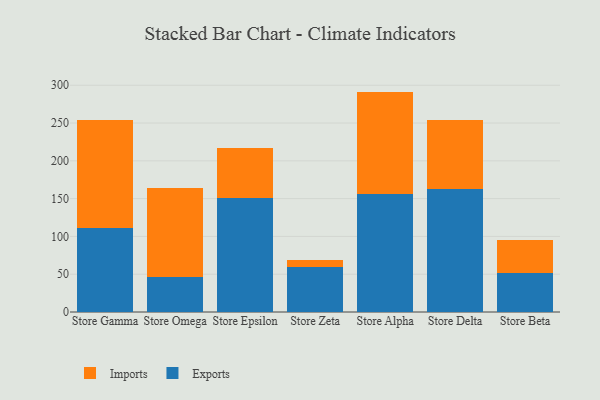
{"axis": {"x": "Store", "y": "Demand Index"}, "legend": ["Exports", "Imports"], "data": [{"x": "Store Gamma", "y": 111.5, "type": "Exports"}, {"x": "Store Gamma", "y": 142.9, "type": "Imports"}, {"x": "Store Omega", "y": 46.6, "type": "Exports"}, {"x": "Store Omega", "y": 117.2, "type": "Imports"}, {"x": "Store Epsilon", "y": 150.9, "type": "Exports"}, {"x": "Store Epsilon", "y": 65.6, "type": "Imports"}, {"x": "Store Zeta", "y": 59.5, "type": "Exports"}, {"x": "Store Zeta", "y": 9.0, "type": "Imports"}, {"x": "Store Alpha", "y": 155.5, "type": "Exports"}, {"x": "Store Alpha", "y": 136.1, "type": "Imports"}, {"x": "Store Delta", "y": 163.0, "type": "Exports"}, {"x": "Store Delta", "y": 90.7, "type": "Imports"}, {"x": "Store Beta", "y": 51.9, "type": "Exports"}, {"x": "Store Beta", "y": 43.5, "type": "Imports"}]}